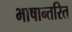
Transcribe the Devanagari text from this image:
भाषान्तरित